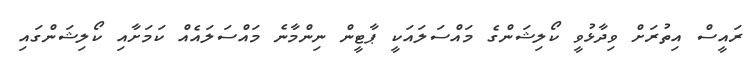
ރައީސް އިތުރަށް ވިދާޅުވީ ކޯލިޝަންގެ މައްސަލައަކީ ޕާޓީން ނިންމާނެ މައްސަލައެއް ކަމަށާއި ކޯލިޝަންގައި